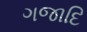
ગજાદિ